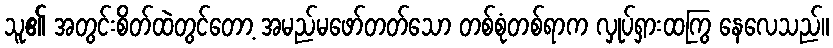
သူ၏ အတွင်းစိတ်ထဲတွင်တော့ အမည်မဖော်တတ်သော တစ်စုံတစ်ရာက လှုပ်ရှားထကြွ နေလေသည်။